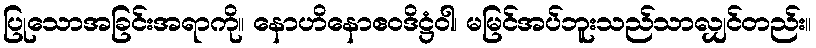
ပြုသောအခြင်းအရာကို။ နောဟိနောဧဝဒိဋ္ဌံဝါ၊ မမြင်အပ်ဘူးသည်သာလျှင်တည်း။